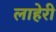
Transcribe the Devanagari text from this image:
लाहेरी